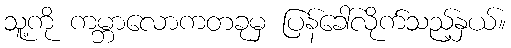
သူ့ကို ကမ္ဘာလောကတခုမှ ပြန်ခေါ်လိုက်သည့်နှယ်။